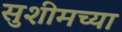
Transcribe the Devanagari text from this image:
सुशीमच्या